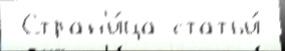
 Стран'и́ца статьи́